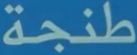
طنجة